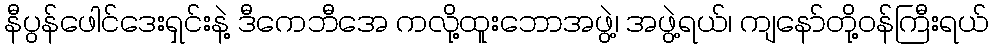
နီပွန်ဖေါင်ဒေးရှင်းနဲ့ ဒီကေဘီအေ ကလို့ထူးဘောအဖွဲ့၊ အဖွဲ့ရယ်၊ ကျနော်တို့ဝန်ကြီးရယ်